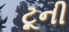
ટૂની